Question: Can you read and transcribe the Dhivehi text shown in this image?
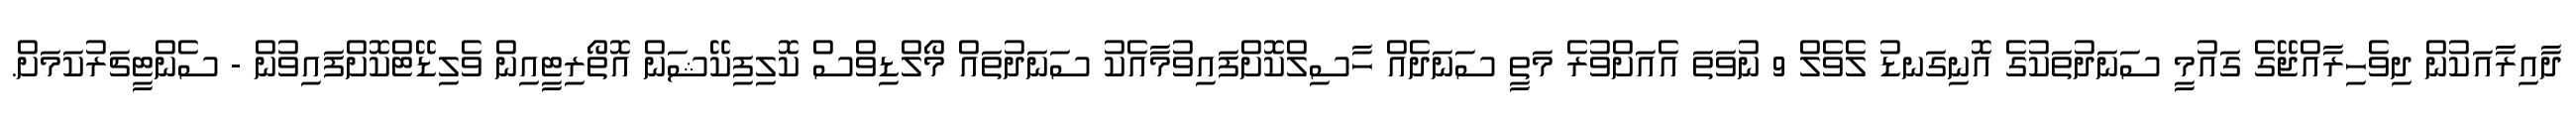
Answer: ދާއިރާއަކުން ދިވެހިރާއްޖޭގެ ގައުމީ ސަނަދުތަކުގެ އޮނިގަނޑު ލެވެލް 9 ނުވަތަ އެއަށްވުރެ މަތީ ސަނަދެއް ހާސިލްކޮށްފައިވުމާއެކު ސަނަދުތައް މޯލްޑިވްސް ކޮލިފިކޭޝަން އޮތޯރިޓީއިން ވެލިޑޭޓްކޮށްފައިވުން - ސެންޓީޗަރުކަމަށް.